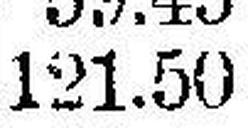
121.50